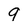
Character: 9